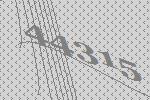
44315